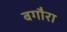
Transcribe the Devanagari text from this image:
बगौरा